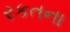
રકતના